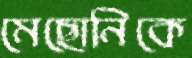
মেছোনিকে